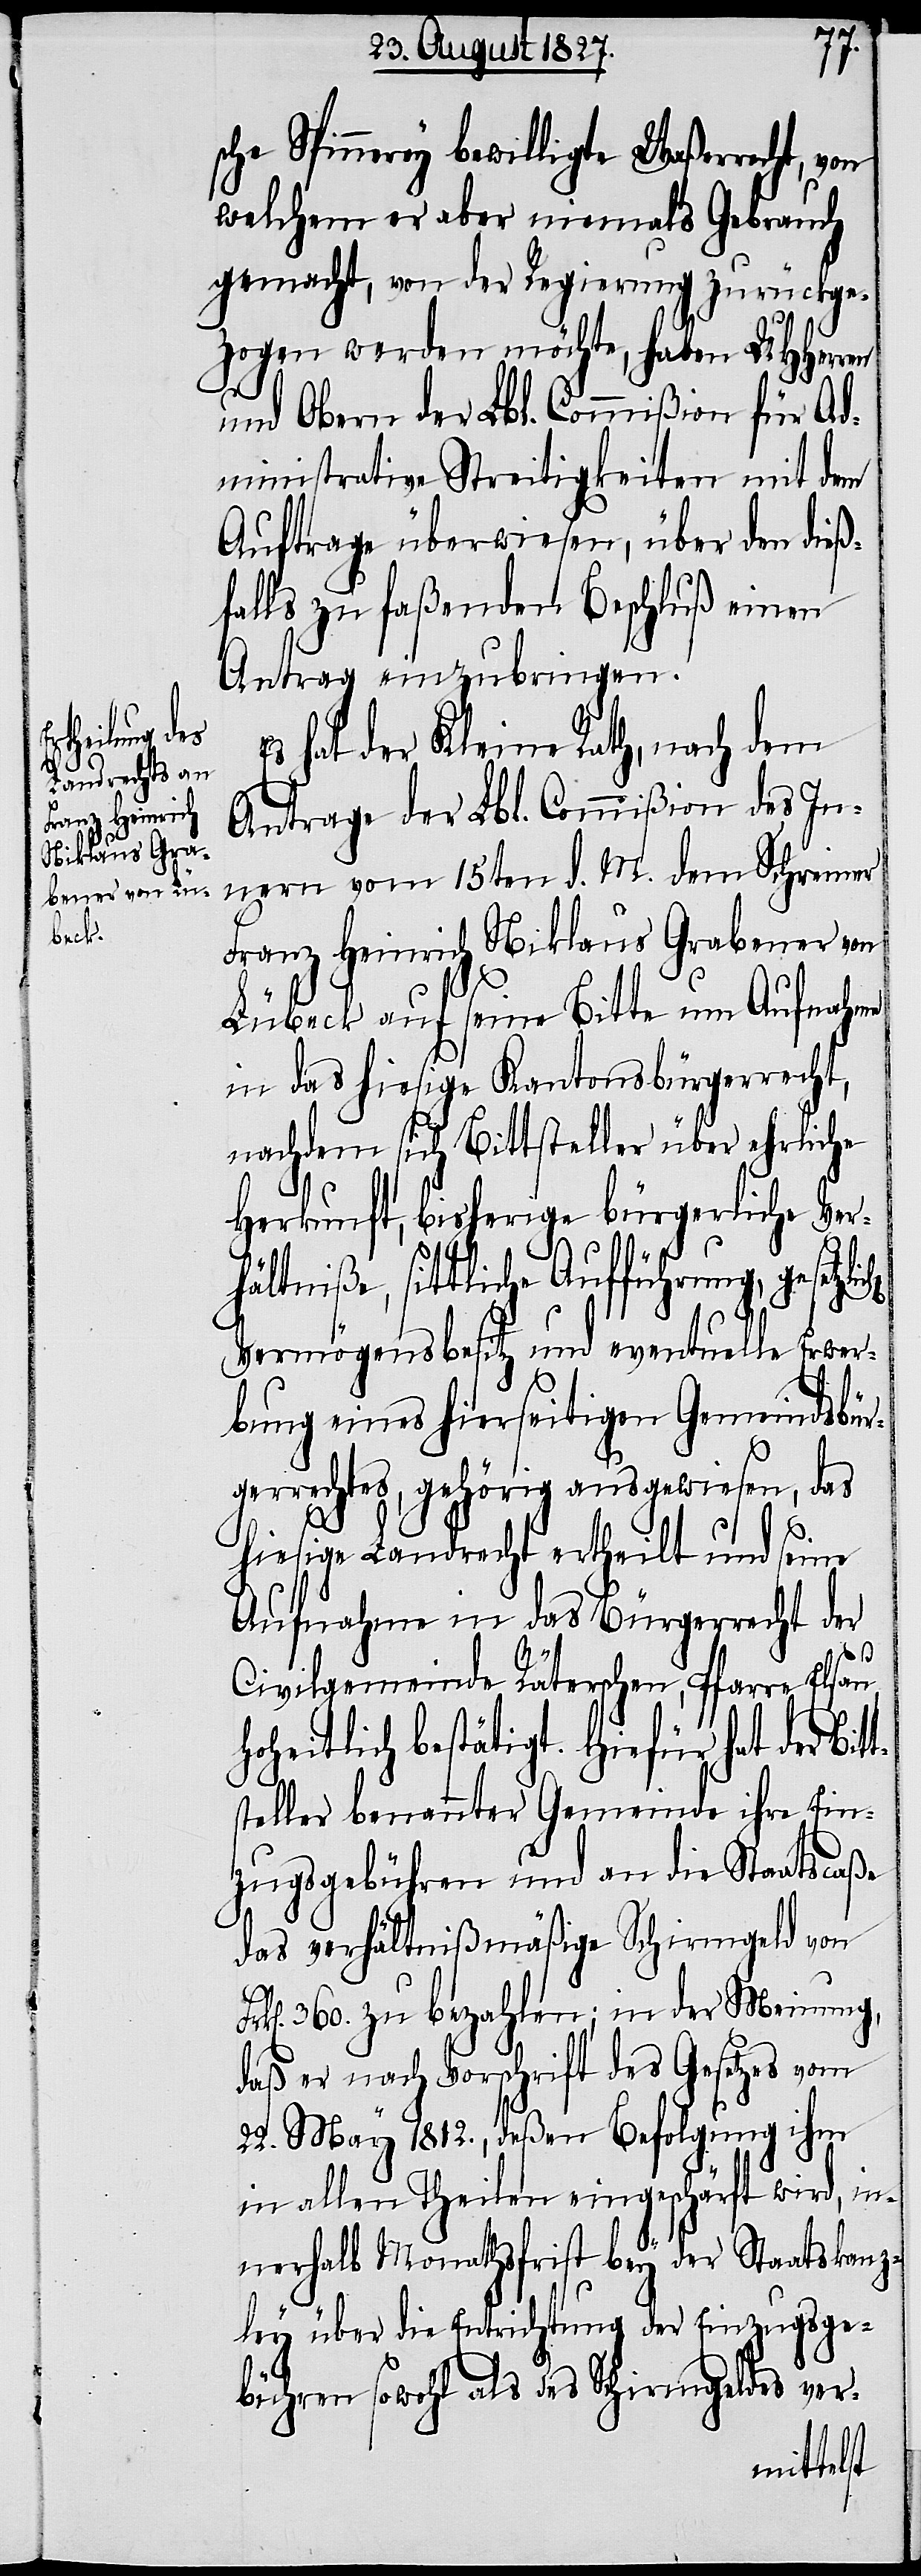
che Spinnerey bewilligte Waßerrecht, von
welchem er aber niemals Gebrauch
gemacht, von der Regierung zurückge¬
zogen werden möchte, haben UHHerren
und Obern der Lbl. Commißion für Ad¬
ministrative Streitigkeiten mit dem
Auftrage überwiesen, über den dieß¬
falls zu faßenden Beschluß einen
Antrag einzubringen.
Es hat der Kleine Rath, nach dem
Antrage der Lbl. Commißion des In¬
nern vom 15ten d. M. dem Schreiner
Franz Heinrich Niklaus Grabener von
Lübeck auf seine Bitte um Aufnahme
in das hiesige Kantonsbürgerrecht,
nachdem sich Bittsteller über ehrliche
Herkunft, bisherige bürgerliche Ver¬
Fr¬
hältniße, sittliche Aufführung, gesetzl¬
Vermögensbesitz und eventuelle Erwer¬
bung eines hierseitigen Gemeindsbür¬
gerrechtes, gehörig ausgewiesen, das
hiesige Landrecht ertheilt und seine
Aufnahme in das Bürgerrecht der
s¬
Civilgemeinde Räterschen, Pfarre Elsau,
Hoheitlich bestätigt. Hiefür hat der Bit¬
tsteller benannter Gemeinde ihre Ein¬
zugsgebühren und an die Staatscaße
das verhältnißmäßige Schirmgeld von
k[en]. 360. zu bezahlen; in der Meinung,
daß er nach Vorschrift des Gesetzes vom
22. May 1812., deßen Befolgung ihm
in allen Theilen eingeschärft wird, in¬
nerhalb Monathsfrist bey der Staatskanz¬
ley über die Entrichtung der Einzugsge¬
bühren sowohl als des Schirmgeldes ver-